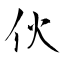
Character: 伙